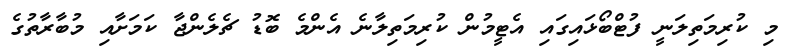
މި ކުރިމަތިލަނީ ފުޓްބޯޅައިގައި އެޓީމުން ކުރިމަތިލާނެ އެންމެ ބޮޑު ޗެލެންޖާ ކަމަށާއި މުބާރާތުގެ